Report of the Imperial Institute of Veterinary Research, Muktesar
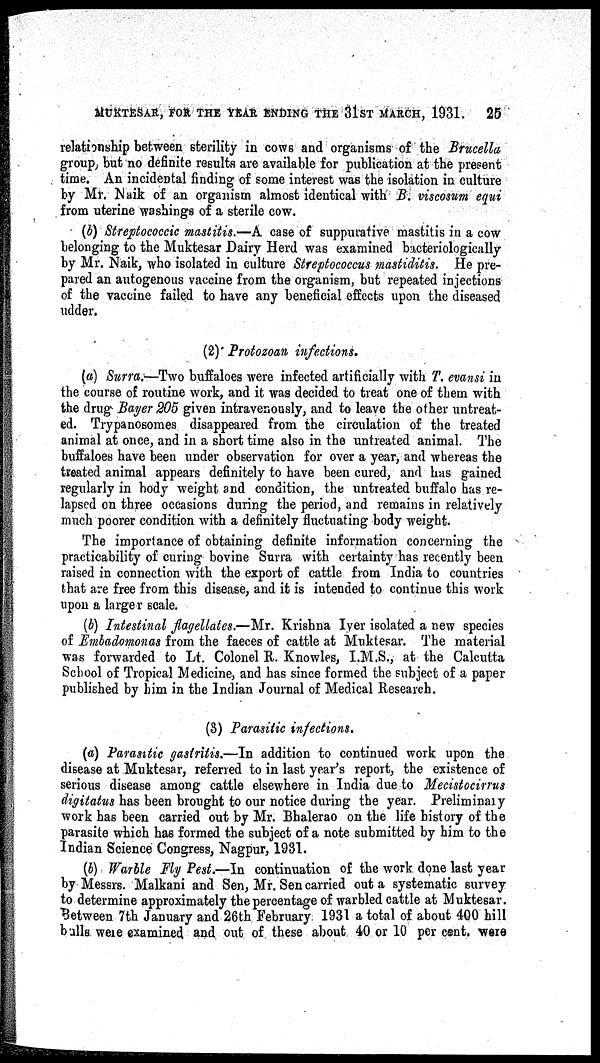
MUKTESAR, FOR THE YEAR ENDING THE 31ST MARCH, 1931. 25
relationship between sterility in cows and organisms of the Brucella
group, but no definite results are available for publication at the present
time. An incidental finding of some interest was the isolation in culture
by Mr. Naik of an organism almost identical with B. viscosum equi
from uterine washings of a sterile cow.
(b) Streptococcic mastitis.—A case of suppurative mastitis in a cow
belonging to the Muktesar Dairy Herd was examined bacteriologically
by Mr. Naik, who isolated in culture Streptococcus mastiditis. He pre-
pared an autogenous vaccine from the organism, but repeated injections
of the vaccine failed to have any beneficial effects upon the diseased
udder.
(2) Protozoan infections.
(a) Surra.—Two buffaloes were infected artificially with T. evansi in
the course of routine work, and it was decided to treat one of them with
the drug Bayer 205 given intravenously, and to leave the other untreat-
ed. Trypanosomes disappeared from the circulation of the treated
animal at once, and in a short time also in the untreated animal. The
buffaloes have been under observation for over a year, and whereas the
treated animal appears definitely to have been cured, and has gained
regularly in body weight and condition, the untreated buffalo has re-
lapsed on three occasions during the period, and remains in relatively
much poorer condition with a definitely fluctuating body weight.
The importance of obtaining definite information concerning the
practicability of curing bovine Surra with certainty has recently been
raised in connection with the export of cattle from India to countries
that are free from this disease, and it is intended to continue this work
upon a larger scale.
(b) Intestinal flagellates.—Mr. Krishna Iyer isolated a new species
of Embadomonas from the faeces of cattle at Muktesar. The material
was forwarded to Lt. Colonel R. Knowles, I.M.S., at the Calcutta
School of Tropical Medicine, and has since formed the subject of a paper
published by him in the Indian Journal of Medical Research.
(3) Parasitic infections.
(a) Parasitic gastritis.—In addition to continued work upon the
disease at Muktesar, referred to in last year's report, the existence of
serious disease among cattle elsewhere in India due to Mecistocirrus
digitatus has been brought to our notice during the year. Preliminary
work has been carried out by Mr. Bhalerao on the life history of the
parasite which has formed the subject of a note submitted by him to the
Indian Science Congress, Nagpur, 1931.
(b) Warble Fly Pest.—In continuation of the work done last year
by Messrs. Malkani and Sen, Mr. Sen carried out a systematic survey
to determine approximately the percentage of warbled cattle at Muktesar.
Between 7th January and 26th February 1931 a total of about 400 hill
bulls were examined and out of these about 40 or 10 per cent. were